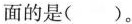
面的是()。